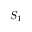
S _ { 1 }